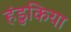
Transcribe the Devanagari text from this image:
हंडुकिया